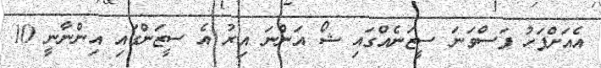
އެއަށްފަހު ފަސްވަނަ ސީޒަނެއްގައި ޝޯ އަންނަ އިރު އެ ސީޒަންގައި އިންނާނީ 10